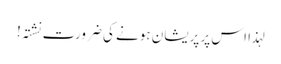
لہذا اس پر پریشان ہونے کی ضرورت نشتہ!